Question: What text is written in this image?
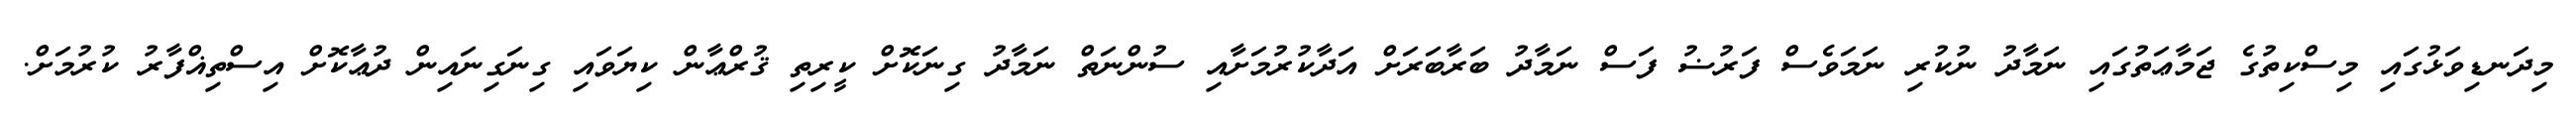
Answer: މިދަނޑިވަޅުގައި މިސްކިތުގެ ޖަމާޢަތުގައި ނަމާދު ނުކުރި ނަމަވެސް ފަރުޟު ފަސް ނަމާދު ބަރާބަރަށް އަދާކުރުމަށާއި ސުންނަތް ނަމާދު ގިނަކޮށް ކީރިތި ޤުރްޢާން ކިޔަވައި ގިނަގިނައިން ދުޢާކޮށް އިސްތިޣްފާރު ކުރުމަށް.